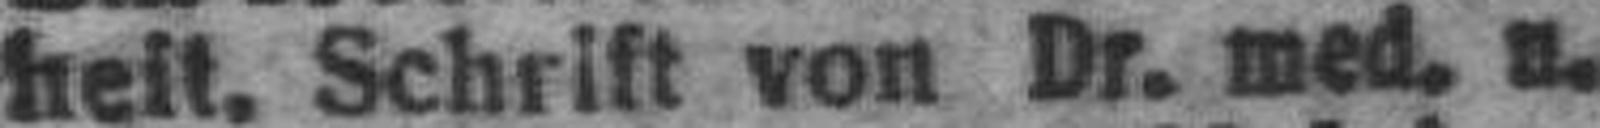
heit. Schrift von Dr. med. u.